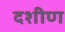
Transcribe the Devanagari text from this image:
दशीण